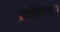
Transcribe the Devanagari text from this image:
प्रगतीविषयाच्या